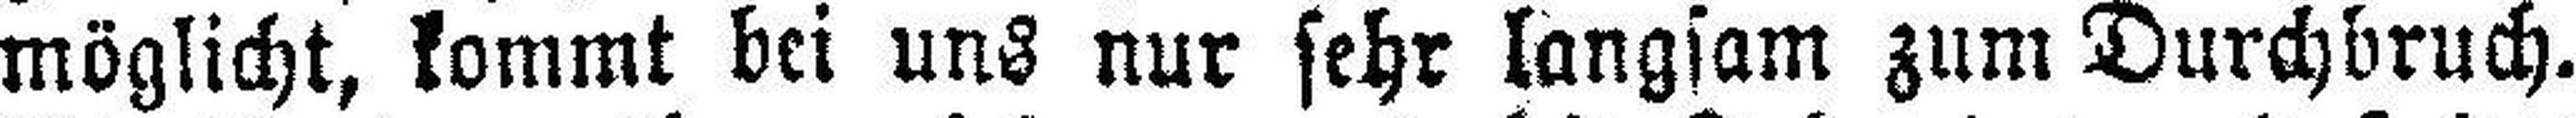
möglicht, kommt bei uns nur sehr langsam zum Durchbruch.